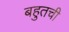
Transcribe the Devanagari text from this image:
बहुतची